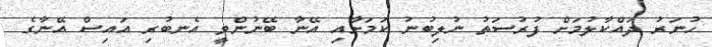
ހުނަރު ދައްކާލުމަށް ފުރުސަތު ނުލިބުނު ކަމަށާއި އޭނާ ބޭނުންވީ އެނބުރި އައިސް އޭނާގެ